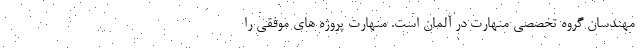
مهندسان گروه تخصصی منهارت در آلمان است. منهارت پروژه های موفقی را